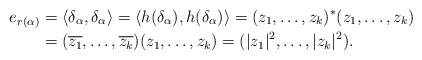
\begin{align*}e_{r(\alpha)} &= \langle \delta_\alpha, \delta_\alpha \rangle = \langle h(\delta_\alpha), h(\delta_\alpha) \rangle = (z_1, \ldots, z_k)^* (z_1, \ldots, z_k) \\&= (\overline{z_1}, \ldots, \overline{z_k}) (z_1, \ldots, z_k) = ( |z_1|^2, \ldots, |z_k|^2).\end{align*}